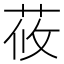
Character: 莜